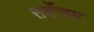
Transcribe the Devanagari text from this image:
सर्वेत्तम